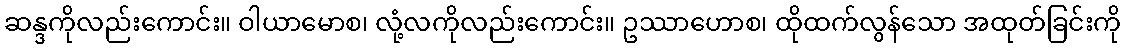
ဆန္ဒကိုလည်းကောင်း။ ဝါယာမောစ၊ လုံ့လကိုလည်းကောင်း။ ဥဿာဟောစ၊ ထိုထက်လွန်သော အထုတ်ခြင်းကို